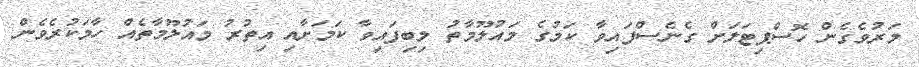
މަރުވެގެން ހޮސްޕިޓަލަށް ގެނެސްފައިވާ ކަމުގެ މައުލޫމާތު ލިބިފައިވާ ކަމަށާއި އިތުރު މައުލޫމާތެއް ހާމަކުރެވެން